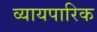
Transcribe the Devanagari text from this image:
व्यायपारिक